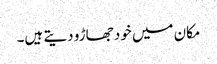
مکان میں خود جھاڑو دیتے ہیں۔